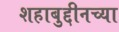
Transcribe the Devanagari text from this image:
शहाबुद्दीनच्या